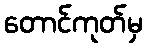
တောင်ကုတ်မှ